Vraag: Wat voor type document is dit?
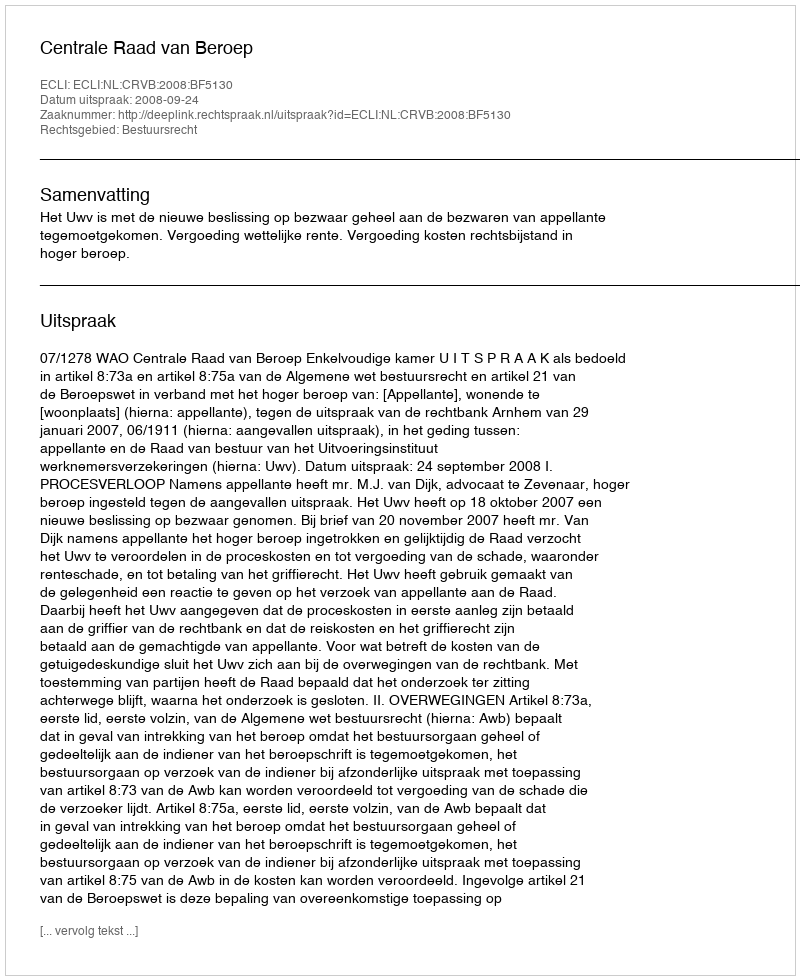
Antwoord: Uitspraak